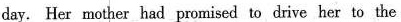
day. Her mother had promised to drive her to the